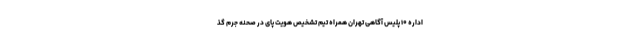
اداره ۱۰ پلیس آگاهی تهران همراه تیم تشخیص هویت پای در صحنه جرم گذ